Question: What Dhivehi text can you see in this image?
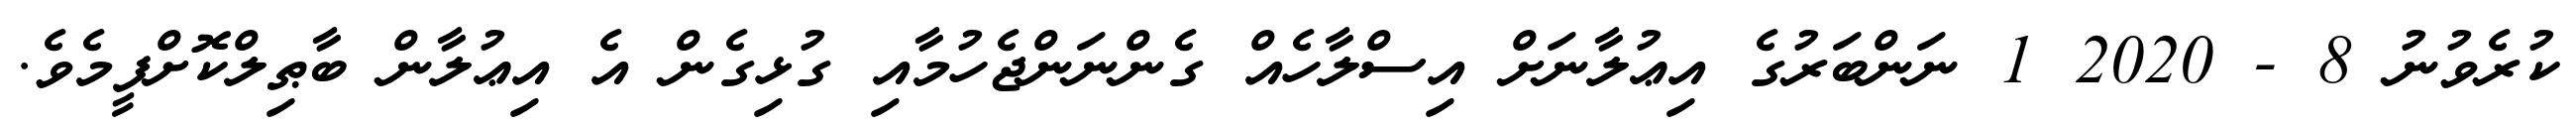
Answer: ކުރެވުނު 8 - 2020 1 ނަންބަރުގެ އިޢުލާނަށް އިސްލާހެއް ގެންނަންޖެހުމާއި ގުޅިގެން އެ އިޢުލާން ބާޠިލްކޮށްފީމެވެ.